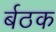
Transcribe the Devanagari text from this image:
र्बठक